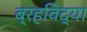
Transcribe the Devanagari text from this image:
ब्रहविद्या